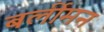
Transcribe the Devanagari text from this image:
बर्लीमन